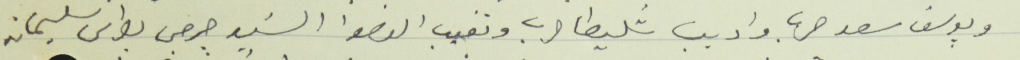
ويوسف سعد حرب واديب شليطا حرب وتغيب العضوا السَيد جرجس بطرس سليمان